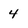
Character: 4